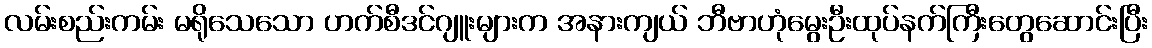
လမ်းစည်းကမ်း မရိုသေသော ဟက်စီဒင်ဂျူးများက အနားကျယ် ဘီဗာဟုံမွေးဦးထုပ်နက်ကြီးတွေဆောင်းပြီး